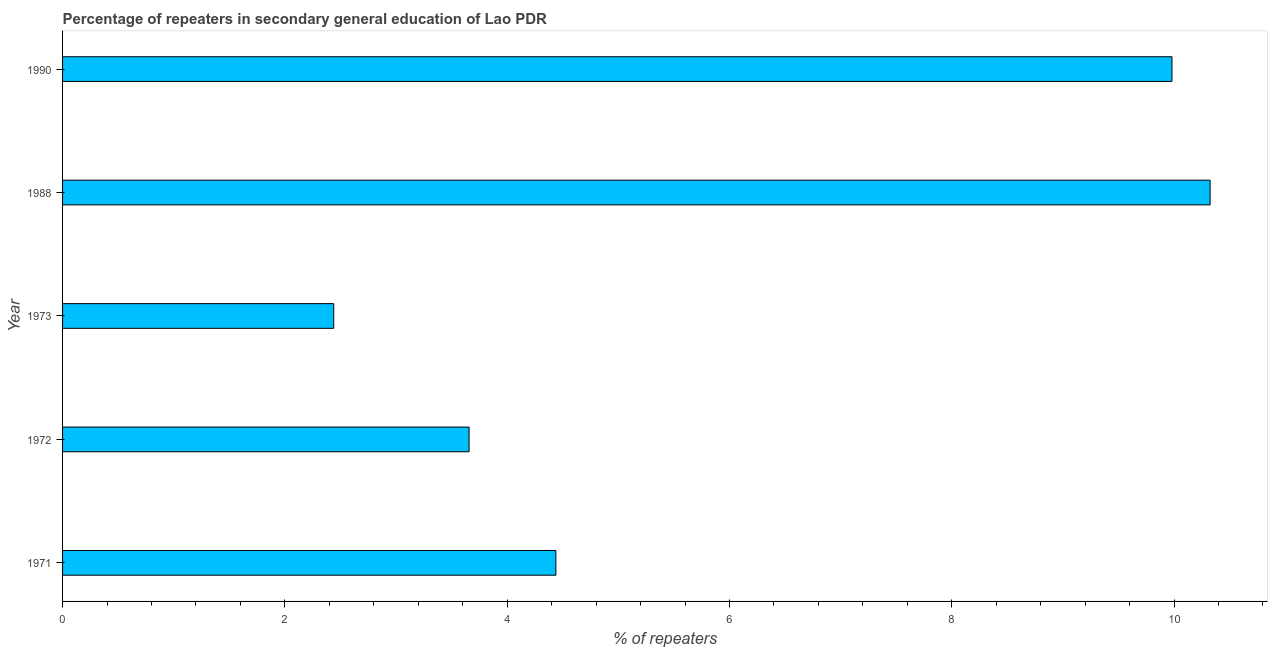
| Year | Percentage of repeaters |
 | --- | --- |
 | 1971 | 4.44 |
 | 1972 | 3.66 |
 | 1973 | 2.44 |
 | 1988 | 10.3 |
 | 1990 | 9.98 |